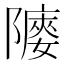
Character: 䧪